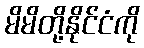
မိမိတို့နိုင်ငံကို